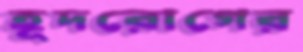
হূদরোগের